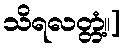
သိရလတ္တံ့။]